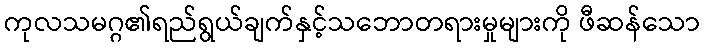
ကုလသမဂ္ဂ၏ရည်ရွယ်ချက်နှင့်သဘောတရားမှုများကို ဖီဆန်သော